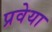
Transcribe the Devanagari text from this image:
प्रवेया